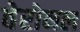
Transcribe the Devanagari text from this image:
वेरोनल